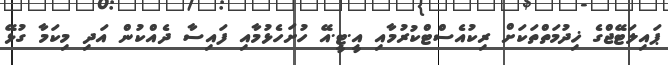
ޕައިލަޓޭޖްގެ ޚިދުމަތްތަކަށް ރިކުއެސްޓްކުރުމާއި އީ.ޓީ.އޭ ހުށަހެޅުމާއި ފައިސާ ދެއްކުން އަދި މިކަމާ ގުޅޭ